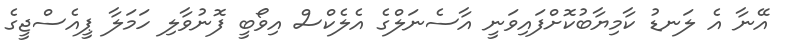
އޭނާ އެ ލަނޑު ކާމިޔާބުކޮށްފައިވަނީ އާސެނަލްގެ އެލެކްސް އިވޯބީ ފޮނުވާލި ހަމަލާ ޕީއެސްޖީގެ